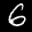
Label: 6